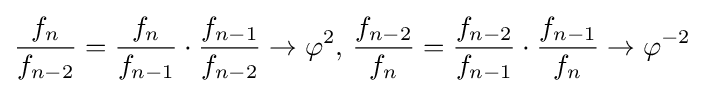
{\frac {f_{n}}{f_{n-2}}}={\frac {f_{n}}{f_{n-1}}}\cdot {\frac {f_{n-1}}{f_{n-2}}}\rightarrow \varphi ^{2},\,{\frac {f_{n-2}}{f_{n}}}={\frac {f_{n-2}}{f_{n-1}}}\cdot {\frac {f_{n-1}}{f_{n}}}\rightarrow \varphi ^{-2}